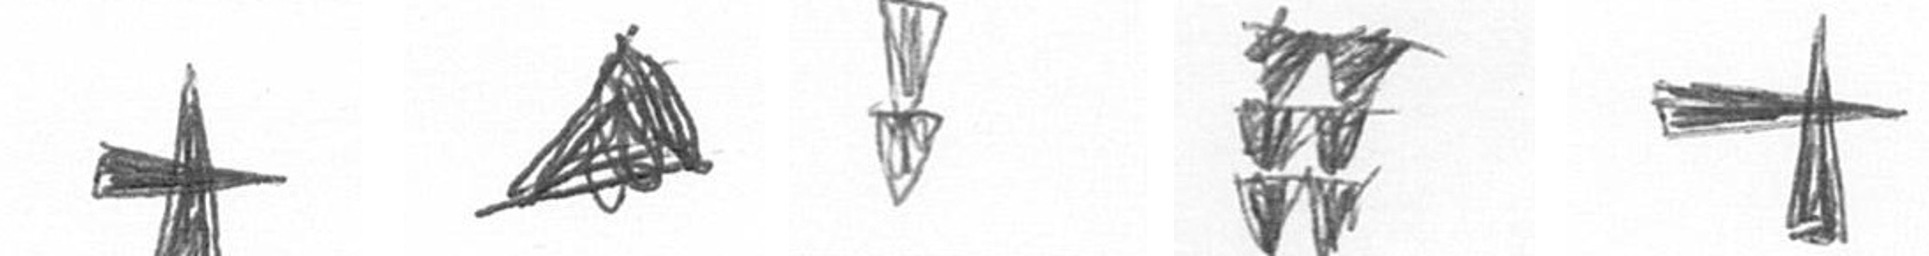
G O Z Y G